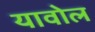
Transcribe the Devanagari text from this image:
यावोल